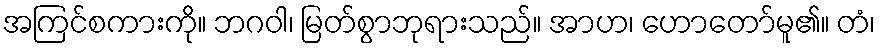
အကြင်စကားကို။ ဘဂဝါ၊ မြတ်စွာဘုရားသည်။ အာဟ၊ ဟောတော်မူ၏။ တံ၊